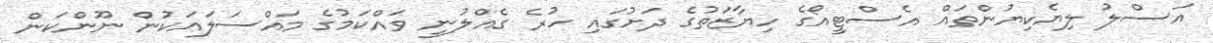
އަސްލު ލިޔެކިޔުންތައް އެސްޓީއޯގެ ހިޔާޒަތުގެ ދަށުގައި ހުރެ ގެއްލުނީ ވައްކަމުގެ މައްސަލައަކުން ނޫންކަން